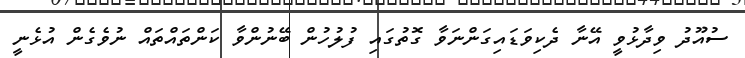
ސުއޫދު ވިދާޅުވީ އޭނާ ދެކިވަޑައިގަންނަވާ ގޮތުގައި ފުލުހުން ބޭނުންވާ ކަންތައްތައް ނުވެގެން އުޅެނީ